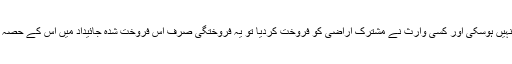
۳- مورث کے انتقال کے بعد فوراً ہی ورثہ کے درمیان ترکہ کی تقسیم ہونی چاہئے؛ لیکن اگر ترکہ کی تقسیم نہیں ہوسکی اور کسی وارث نے مشترک اراضی کو فروخت کردیا تو یہ فروختگی صرف اس فروخت شدہ جائیداد میں اس کے حصہ کے بقدر محدود رہے گی اور اس کے حصہ سے زائد میں دیگر ورثہ کی اجازت کے بغیر درست نہیں ہوگی۔